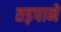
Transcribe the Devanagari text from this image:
तड़पाने